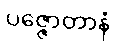
ပဇ္ဇောတာနံ